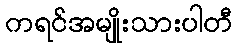
ကရင်အမျိုးသားပါတီ